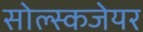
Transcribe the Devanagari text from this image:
सोल्स्कजेयर